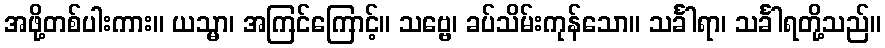
အဖို့တစ်ပါးကား။ ယသ္မာ၊ အကြင်ကြောင့်။ သဗ္ဗေ၊ ခပ်သိမ်းကုန်သော။ သင်္ခါရာ၊ သင်္ခါရတို့သည်။